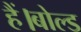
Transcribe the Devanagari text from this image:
हैं।बोल्ड